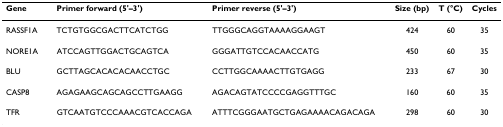
<table><thead><tr><td><b>Gene</b></td><td><b>Primer forward (5&#x27;–3&#x27;)</b></td><td><b>Primer reverse (5&#x27;–3&#x27;)</b></td><td><b>Size (bp)</b></td><td><b>T (°C)</b></td><td><b>Cycles</b></td></tr></thead><tbody><tr><td>RASSF1A</td><td>TCTGTGGCGACTTCATCTGG</td><td>TTGGGCAGGTAAAAGGAAGT</td><td>424</td><td>60</td><td>35</td></tr><tr><td>NORE1A</td><td>ATCCAGTTGGACTGCAGTCA</td><td>GGGATTGTCCACAACCATG</td><td>450</td><td>60</td><td>35</td></tr><tr><td>BLU</td><td>GCTTAGCACACACAACCTGC</td><td>CCTTGGCAAAACTTGTGAGG</td><td>233</td><td>67</td><td>30</td></tr><tr><td>CASP8</td><td>AGAGAAGCAGCAGCCTTGAAGG</td><td>AGACAGTATCCCCGAGGTTTGC</td><td>160</td><td>60</td><td>35</td></tr><tr><td>TFR</td><td>GTCAATGTCCCAAACGTCACCAGA</td><td>ATTTCGGGAATGCTGAGAAAACAGACAGA</td><td>298</td><td>60</td><td>30</td></tr></tbody></table>